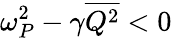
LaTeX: \omega_{P}^{2}-\gamma\overline{{Q^{2}}}<0